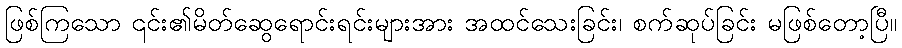
ဖြစ်ကြသော ၎င်း၏မိတ်ဆွေရောင်းရင်းများအား အထင်သေးခြင်း၊ စက်ဆုပ်ခြင်း မဖြစ်တော့ပြီ။